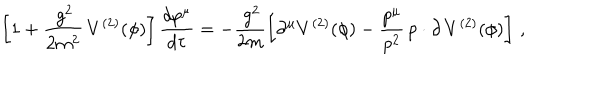
\left[ 1 + \frac { \, g ^ { 2 } } { 2 m ^ { 2 } } \, V ^ { ( 2 ) } ( \phi ) \right] \frac { d p ^ { \mu } } { d \tau } = - \frac { \, g ^ { 2 } } { 2 m } \left[ \partial ^ { \mu } V ^ { ( 2 ) } ( \phi ) - \frac { p ^ { \mu } } { p ^ { 2 } } \, p \cdot \partial \, V ^ { ( 2 ) } ( \phi ) \right] \, ,